Vaccination United Provinces of Agra and Oudh 1923-1928 - 1923-1928
Year: 1923
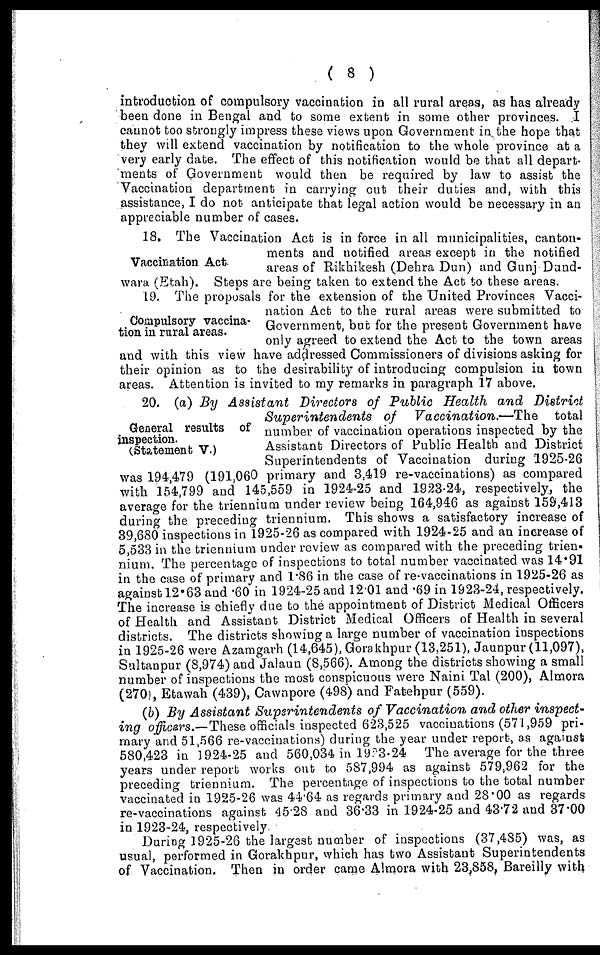
( 8 )
introduction of compulsory vaccination in all rural areas, as has already
been done in Bengal and to some extent in some other provinces. I
cannot too strongly impress these views upon Government in the hope that
they will extend vaccination by notification to the whole province at a
very early date. The effect of this notification would be that all depart-
ments of Government would then be required by law to assist the
Vaccination department in carrying out their duties and, with this
assistance, I do not anticipate that legal action would be necessary in an
appreciable number of cases.
Vaccination Act.
18. The Vaccination Act is in force in all municipalities, canton-
ments and notified areas except in the notified
areas of Rikhikesh (Dehra Dun) and Gunj Dund¬
wara (Etah). Steps are being taken to extend the Act to these areas.
Compulsory vaccina-
tion in rural areas.
19. The proposals for the extension of the United Provinces Vacci-
nation Act to the rural areas were submitted to
Government, but for the present Government have
only agreed to extend the Act to the town areas
and with this view have addressed Commissioners of divisions asking for
their opinion as to the desirability of introducing compulsion in town
areas. Attention is invited to my remarks in paragraph 17 above.
General results of
inspection.
(Statement V.)
20. (a) By Assistant
Directors of Public Health and
District
Superintendents
of Vaccination.—The
total
number of vaccination operations inspected by the
Assistant Directors of Public Health and District
Superintendents of Vaccination during 1925-26
was 194,479 (191,060 primary and 3,419 re-vaccinations) as compared
with 154,799 and 145,559 in 1924-25 and 1923-24, respectively, the
average for the triennium under review being 164,946 as against 159,413
during the preceding triennium. This shows a satisfactory increase of
39,680 inspections in 1925-26 as compared with 1924-25 and an increase of
5,533 in the triennium under review as compared with the preceding trien-
nium. The percentage of inspections to total number vaccinated was 14.91
in the case of primary and 1.86 in the case of re-vaccinations in 1925-26 as
against 12.63 and .60 in 1924-25 and 12.01 and .69 in 1923-24, respectively.
The increase is chiefly due to the appointment of District Medical Officers
of Health and Assistant District Medical Officers of Health in several
districts. The districts showing a large number of vaccination inspections
in 1925-26 were Azamgarh (14,645), Gorakhpur (13,251), Jaunpur (11,097),
Sultanpur (8,974) and Jalaun (8,566). Among the districts showing a small
number of inspections the most conspicuous were Naini Tal (200), Almora
(270), Etawah (439), Cawnpore (498) and Fatehpur (559).
(b) By Assistant Superintendents
of Vaccination and other inspect-
ing officers.—These officials inspected 623,525 vaccinations (571,959 pri-
mary and 51,566 re-vaccinations) during the year under report, as against
580,423 in 1924-25 and 560,034 in 1923-24 The average for the three
years under report works out to 587,994 as against 579,962 for the
preceding triennium. The percentage of inspections to the total number
vaccinated in 1925-26 was 44.64 as regards primary and 28.00 as regards
re-vaccinations against 45.28 and 36.33 in 1924-25 and 43.72 and 37.00
in 1923-24, respectively.
During 1925-26 the largest number of inspections (37,485) was, as
usual, performed in Gorakhpur, which has two Assistant Superintendents
of Vaccination. Then in order came Almora with 23,858, Bareilly with